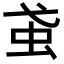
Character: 𧈩